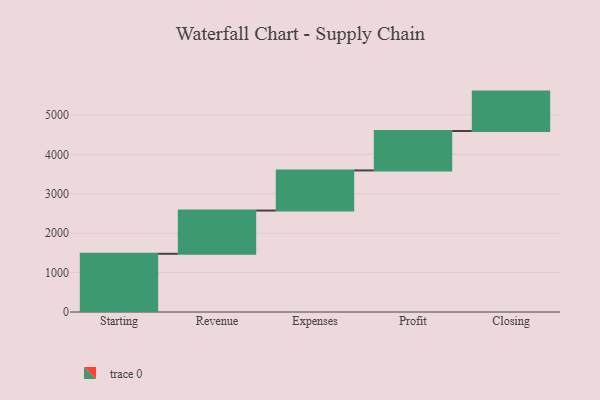
{"axis": {"x": "Step", "y": "Value"}, "legend": [""], "data": [{"x": "Starting", "y": 1477.0, "type": ""}, {"x": "Revenue", "y": 1097.0, "type": ""}, {"x": "Expenses", "y": 1018.0, "type": ""}, {"x": "Profit", "y": 1000, "type": ""}, {"x": "Closing", "y": 1000, "type": ""}]}